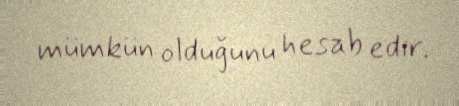
mümkün olduğunu hesab edir.